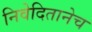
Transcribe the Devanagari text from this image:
निवेदितानेच